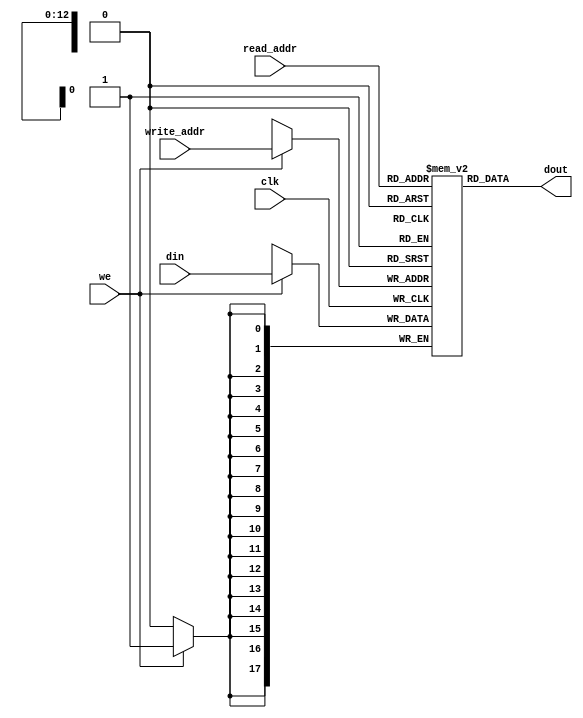
module ram_simple_dp_async_read_8192x18 (clk, we, read_addr, write_addr, din, dout);
    input clk, we;
    input [12:0] read_addr, write_addr;
    input [17:0] din;
    output [17:0] dout;
    
    reg [17:0] ram [8191:0];

    always @(posedge clk)
    begin
        if (we)
            ram[write_addr] <= din;
    end

    assign dout = ram[read_addr];

endmodule